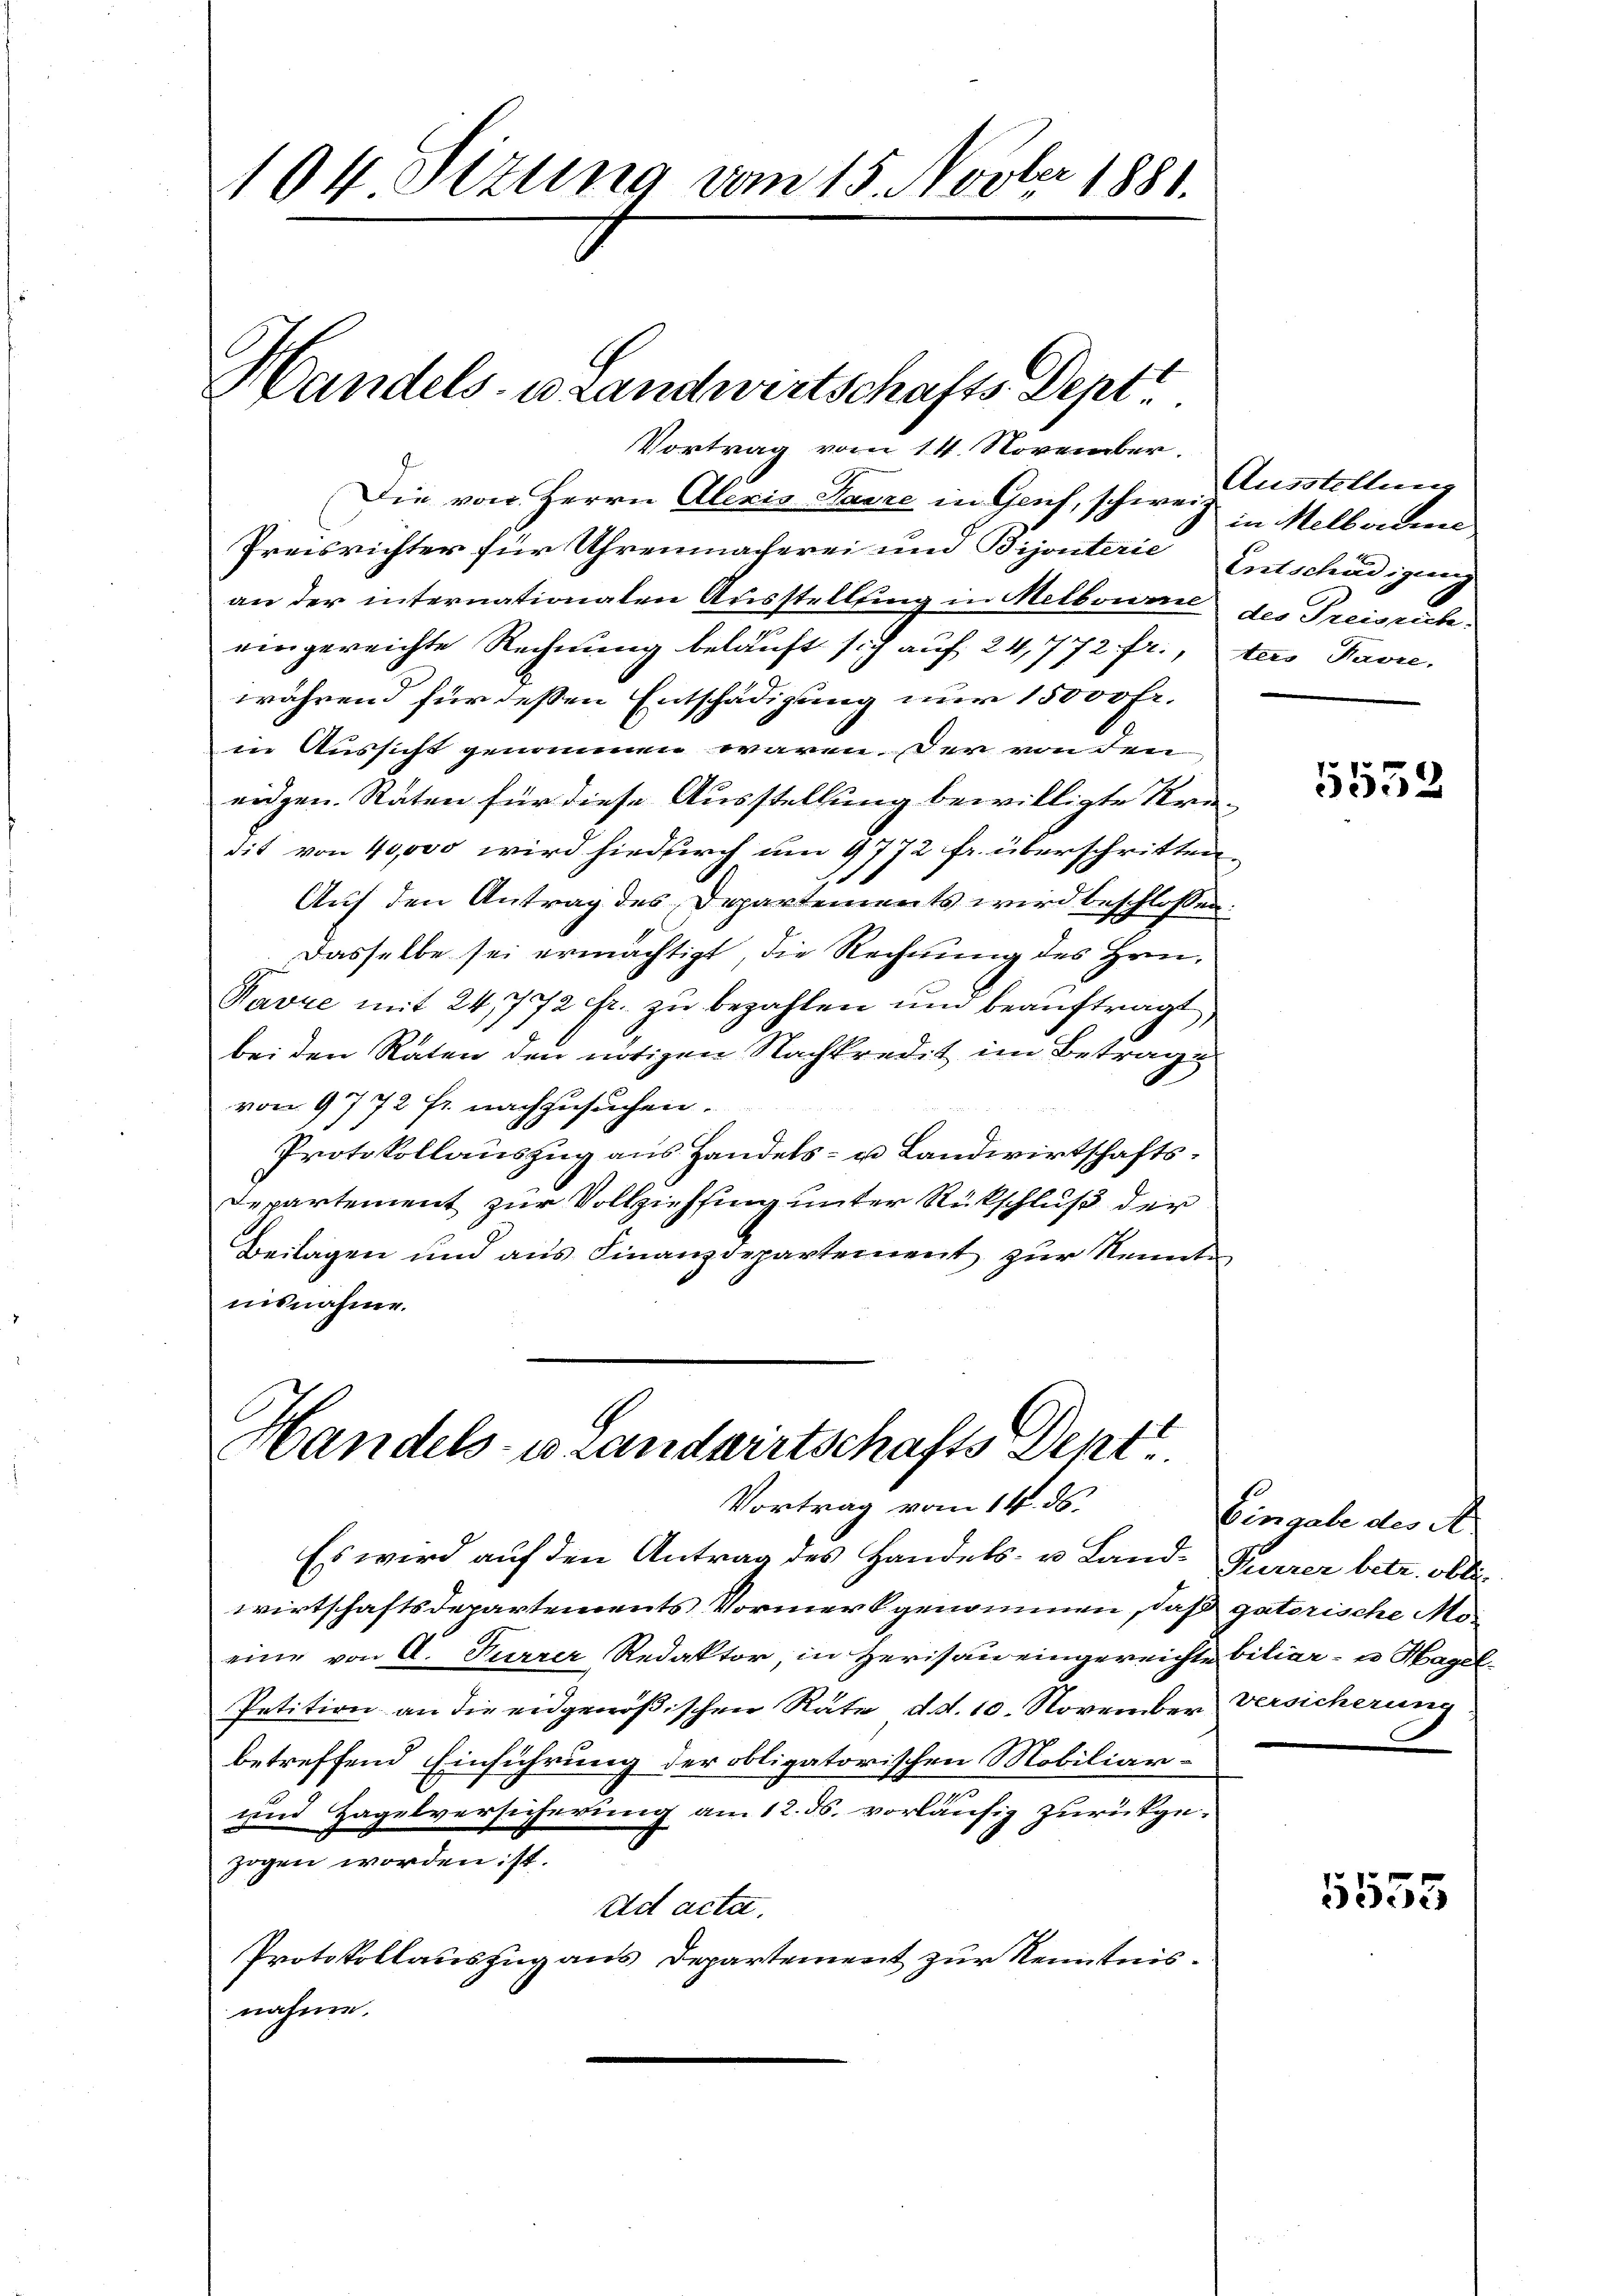
104 Sizung vom 15. Novber 1881.

Vortrag vom 14. November.
Die von Herrn Alexis Ganze in Gruf, schweiz in Melborne
Preisrichter für Uhrenmacherei und Bijonterie
an der internationalen Ausstellung in Melboume des Preisrich.
eingereichte Rechnung belauft sich auf 24,772 fr., des Favre,
während für deßen Entschädigung nur 15000 Fr.
in Aussicht genommen waren der von den
eidgen. Räten für diese Ausstellung bewilligte Kredit von 40,000 wird hiedurch um 9772 fr. überschritten.
Auf den Antrag des Departements wird beschlossen:
Dasselbe sei ermächtigt, die Rechnung des Hein-
Ravre mit 24,772 fr. zu bezahlen und beauftragt,
bei den Raten den nötigen Nachkredit im Betrag
von 9772 Fr. nachzusuchen.
Protokollauszug aus Handels- u. Landwirtschafts¬
Departement zur Vollziehung unter Rückschluß der
Beilagen und aus Finanzdepartement zur Kennten
insnahme.

Handels es Landwirtschafts-Deptt

Handels- u Landwirtschafts Dept
Vortrag vom 14. ds.

Ausstellung
Entschädigung

Es wird auf den Antrag des Handels- u. Land- Furrer betr. Obliwirtschaftsdepartements Vormerk genommen, daß gatorische Moeine von A. Furrer Redaktor in Herisau eingereichte biliar- u. Hagel¬
Petition an die eidgenößischen Räte, d. d. 10. November Versicherung
betreffend Einführung der obligatorischen Mobiliarm
und Hagelversicherung am 12. ds. vorläufig zurückgezogen worden ist.
Ad acta.
Protokollauszug aus Departement zur Kenntnisnahme.

5552

Eingabe des A

1535